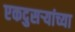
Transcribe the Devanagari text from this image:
एकदुसऱ्यांच्या